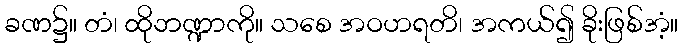
ခဏ၌။ တံ၊ ထိုဘဏ္ဍာကို။ သစေ အဝဟရတိ၊ အကယ်၍ ခိုးဖြစ်အံ့။